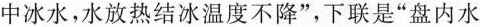
中冰水，水放热结冰温度不降”，下联是”盘内水